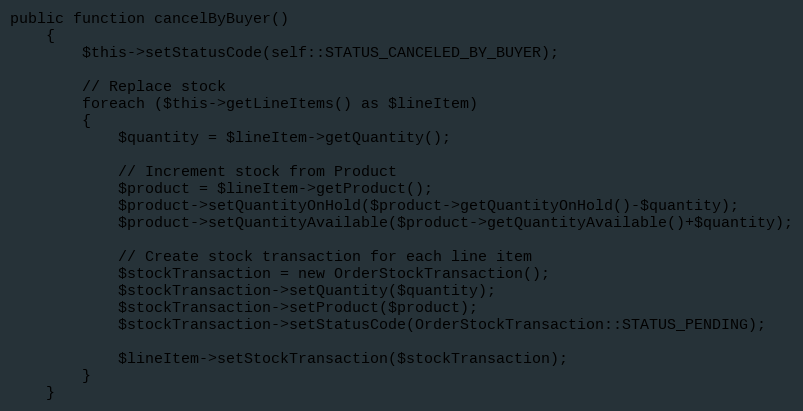
Language: PHP
public function cancelByBuyer()
    {
        $this->setStatusCode(self::STATUS_CANCELED_BY_BUYER);

        // Replace stock
        foreach ($this->getLineItems() as $lineItem)
        {
            $quantity = $lineItem->getQuantity();

            // Increment stock from Product
            $product = $lineItem->getProduct();
            $product->setQuantityOnHold($product->getQuantityOnHold()-$quantity);
            $product->setQuantityAvailable($product->getQuantityAvailable()+$quantity);

            // Create stock transaction for each line item
            $stockTransaction = new OrderStockTransaction();
            $stockTransaction->setQuantity($quantity);
            $stockTransaction->setProduct($product);
            $stockTransaction->setStatusCode(OrderStockTransaction::STATUS_PENDING);

            $lineItem->setStockTransaction($stockTransaction);
        }
    }